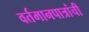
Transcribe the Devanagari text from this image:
वर्तमानपात्रांची